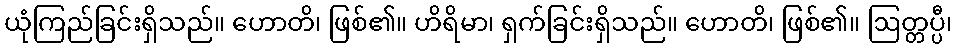
ယုံကြည်ခြင်းရှိသည်။ ဟောတိ၊ ဖြစ်၏။ ဟိရိမာ၊ ရှက်ခြင်းရှိသည်။ ဟောတိ၊ ဖြစ်၏။ ဩတ္တပ္ပီ၊